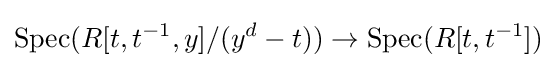
{\text{Spec}}(R[t,t^{-1},y]/(y^{d}-t))\to {\text{Spec}}(R[t,t^{-1}])